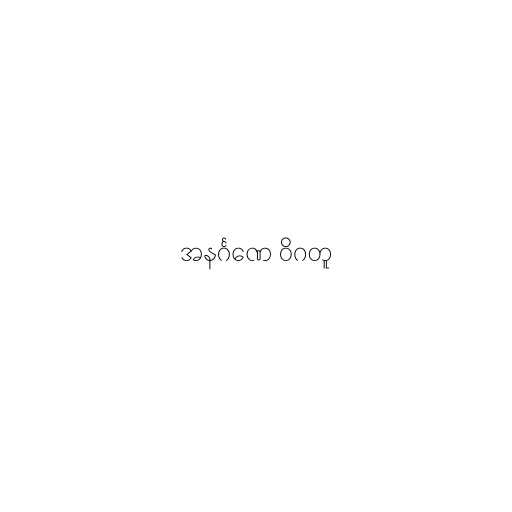
အနင်္ဂဏေ ဝိဂတူ